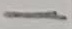
Text: -